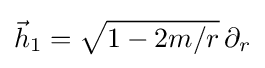
{\vec {h}}_{1}={\sqrt {1-2m/r}}\,\partial _{r}